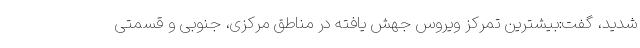
شدید، گفت:بیشترین تمرکز ویروس جهش یافته در مناطق مرکزی، جنوبی و قسمتی